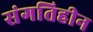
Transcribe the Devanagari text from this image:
संगतिहीन